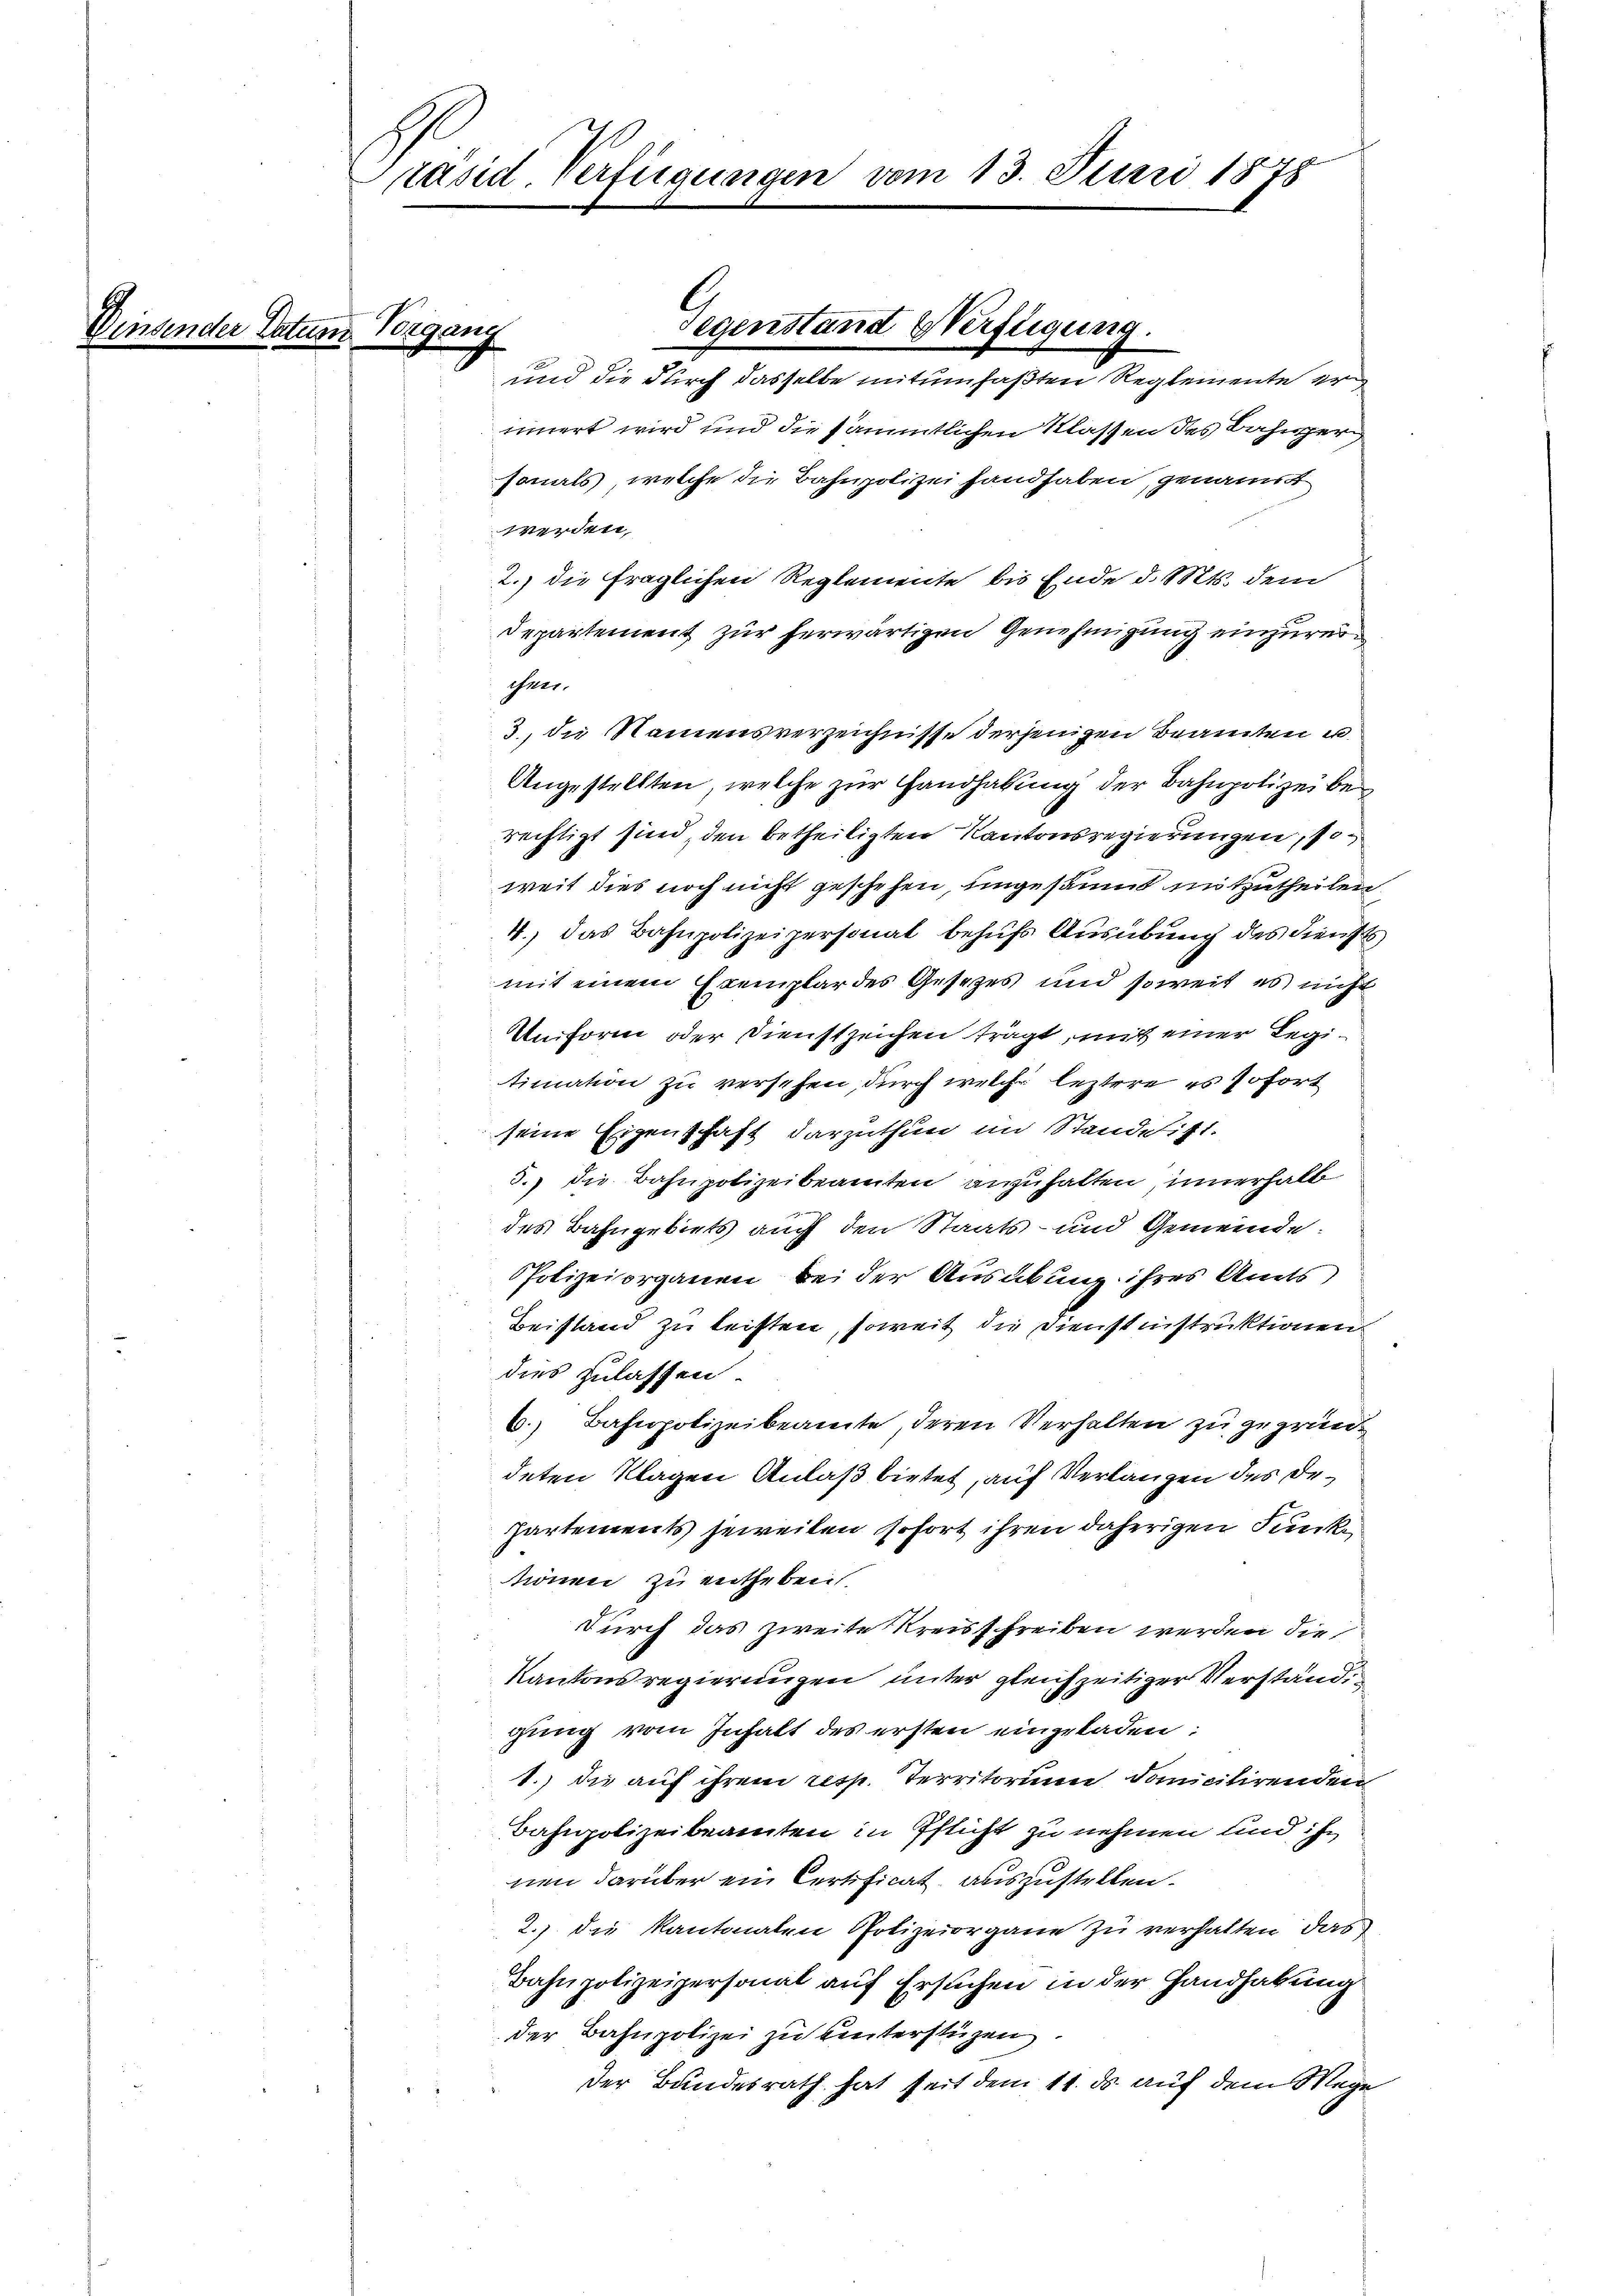
e

räsid. Verfügungen vom 13. Junii 1878

Regung

und die durch dasselbe mitumfaßten Reglemente er
innert wird und die sämmtlichen Klassen des Bahngersonals, welche die Bahnpolizei handhaben, genannt
werden,
2. die fraglichen Reglemente bis Ende d. Mts. dem
Departement zur herwärtigen Genehmigung einzurei¬
Ihrer
3., die Namensverzeichnisse derjenigen Beamten u
Angestellten, welche zur Handhabung der Bahnpolizei berechtigt sind, den betheiligten Kantonsregierungen, soweit dies noch nicht geschehen, ungesäumt mitzutheilen
4.) Das Bahnpolizeipersonat behufs Ausübung des Diensts
mit einem Exemplar des Gesetzes und soweit es nicht
Uniform oder Dienstzeichen trägt, mit einer Regitimation zu versehen, durch welche leztere es sofort
seine Eigenschaft darzuthun im Standelitt.
5.) die Bahnpolizeibeamten anzuhalten innerhalb
.
des Bahngebiets auch den Staats- und Gemeinde:
Polizeiorganen bei der Ausübung ihres Amts
Beistand zu leisten, soweit die Dienstinstruktionen
dies zulassen.
6.) Bahnpolizeibeamte, deren Verhalten zu gegründeten Klagen Anlaß bietet, auf Verlangen des De¬
Zartements jeweilen sofort ihren daherigen Junke
tönen zu entheben.
durch das zweite Kreisschreiben werden die
Kantonsregierungen unter gleichzeitiger Verständig
gung vom Inhalt des ersten eingeladen:
1.) die auf ihrem resp. Territorium domicilirenden
Bahnpolizeibeamten in Pflicht zu nehmen und ihn
nen darüber ein Certificat, auszustellen.
2.) die Kantonalen Polizeiorgane zu verhalten das
Bahnpolizeipersonal auf Ersuchen in der Handhabung
der Bahnpolizei zu hinterstüzen.
Der Bundesrath hat seit dem 11. ds. auf dem Wege

Gegenstand Verfügung.